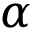
\alpha